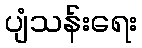
ပျံသန်းရေး